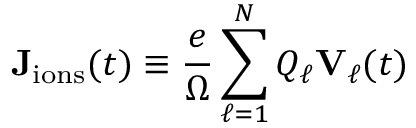
\mathbf { J } _ { \mathrm { i o n s } } ( t ) \equiv \frac { e } { \Omega } \sum _ { \ell = 1 } ^ { N } Q _ { \ell } \mathbf { V } _ { \ell } ( t )